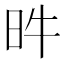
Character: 𣅫